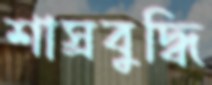
শাস্রবুদ্ধি